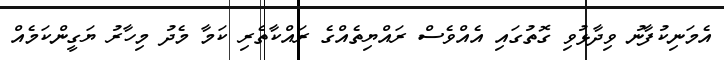
އެމަނިކުފާނު ވިދާޅުވި ގޮތުގައި އެއްވެސް ރައްޔިތެއްގެ ރައްކާތެރި ކަމާ މެދު މިހާރު ޔަގީންކަމެއް